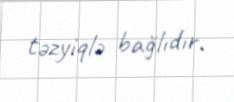
təzyiqlə bağlıdır.